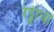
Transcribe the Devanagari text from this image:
रेड्डीचा